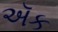
ઍક